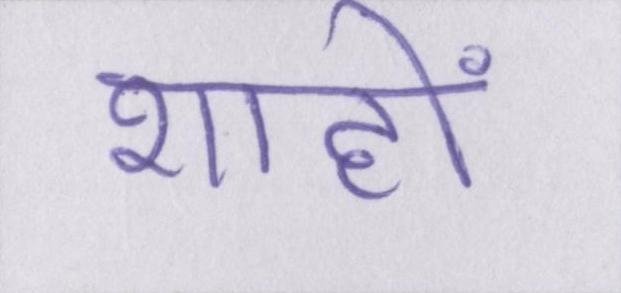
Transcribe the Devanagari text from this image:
शाहों